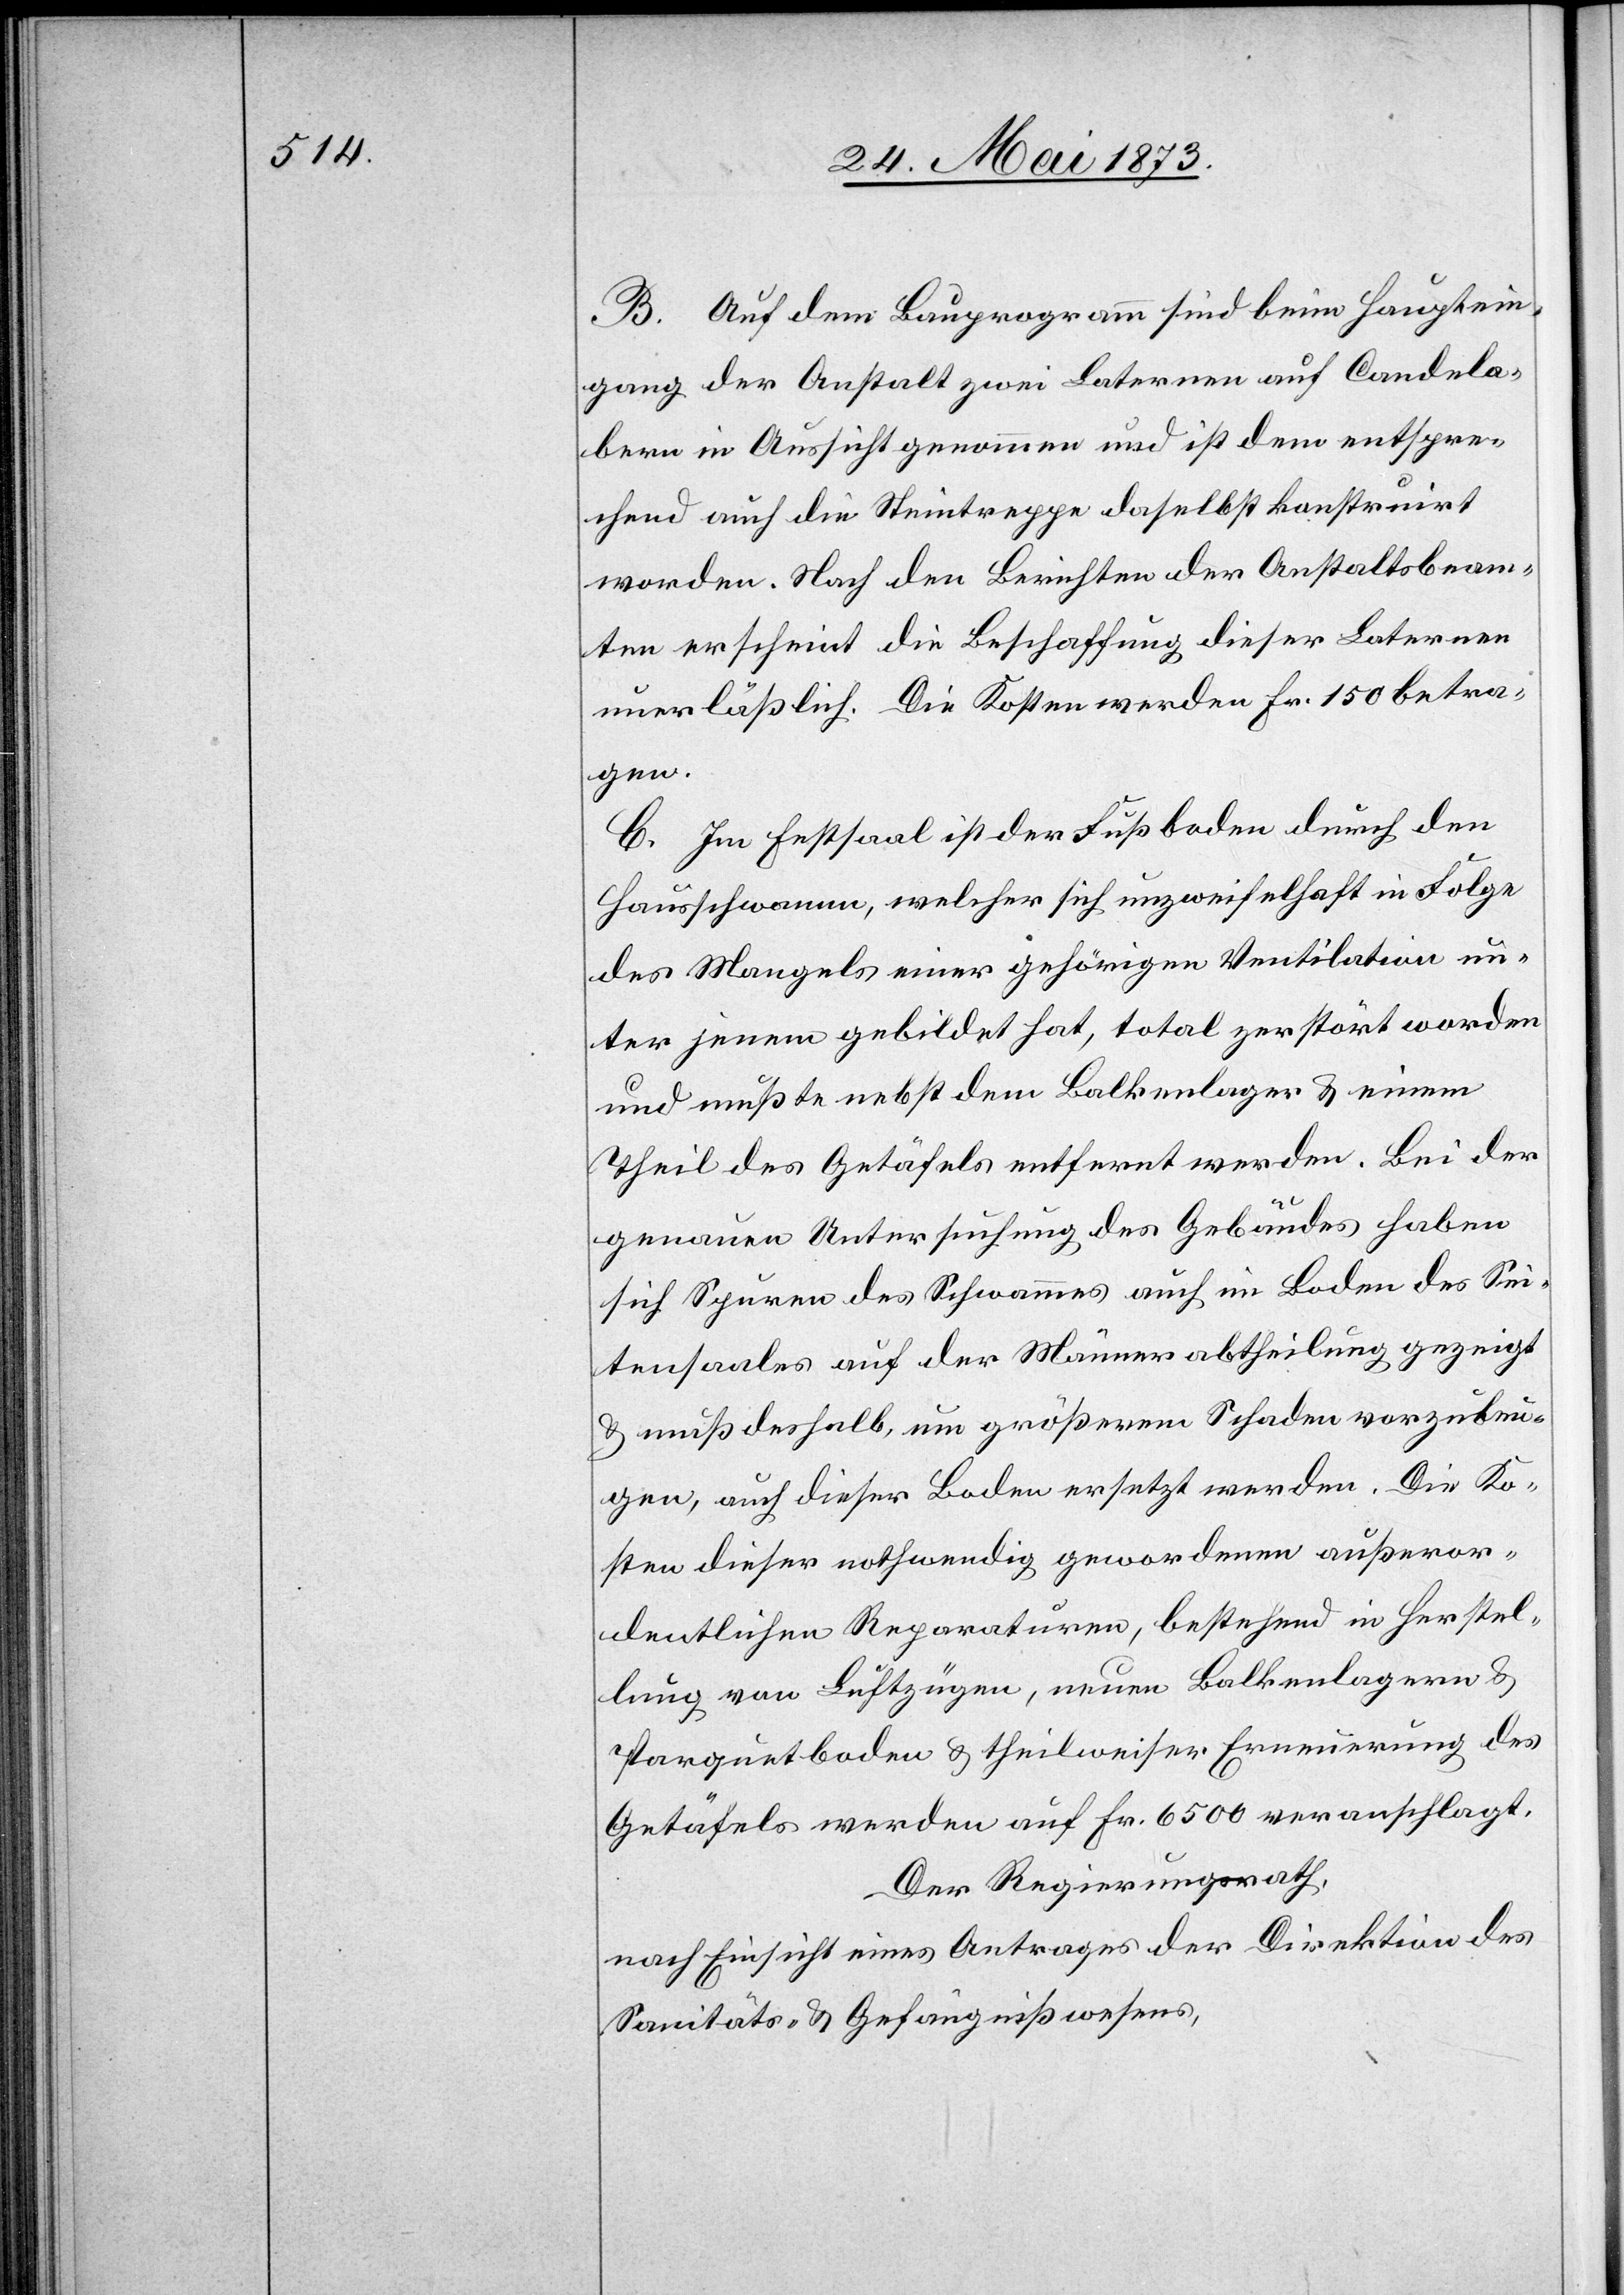
B. Auf dem Bauprogramm sind beim Hauptein¬
gang der Anstalt zwei Laternen auf Candela¬
bern in Aussicht genommen und ist dem entspre¬
chend auch die Steintreppe daselbst konstruirt
worden. Nach den Berichten der Anstaltsbeam¬
ten erscheint die Beschaffung dieser Laternen
unerläßlich. Die Kosten werden Fr. 150 betra¬
gen.
C. Im Festsaal ist der Fußboden durch den
Hausschwamm, welcher sich unzweifelhaft in Folge
des Mangels einer gehörigen Ventilation un¬
ter jenem gebildet hat, total zerstört worden
und mußte nebst dem Balkenlager & einem
Theil des Getäfels entfernt werden. Bei der
genauen Untersuchung des Gebäudes haben
sich Spuren des Schwammes auch im Boden des Sei¬
tensaales auf der Männerabtheilung gezeigt
& muß deshalb, um größerem Schaden vorzubeu¬
gen, auch dieser Boden ersetzt werden. Die Ko¬
sten dieser nothwendig gewordenen außeror¬
dentlichen Reparaturen, bestehend in Herstel¬
lung von Luftzügen, neuen Balkenlagern &
Parquetboden & theilweiser Erneuerung des
Getäfels werden auf Fr. 6 500 veranschlagt.
Der Regierungsrath,
nach Einsicht eines Antrages der Direktion des
Sanitäts- & Gefängnißwesens,